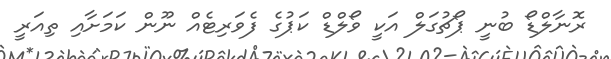
ރޮނާލްޑޯ ބުނީ ޕޯޗުގަލް އަކީ ވޯލްޑް ކަޕުގެ ފެވަރިޓެއް ނޫން ކަމަށާއި ތިއަރީ